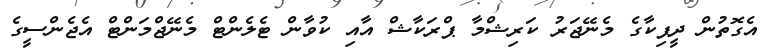
އެގޮތުން ދީޕިކާގެ މެނޭޖަރު ކަރިޝްމާ ޕްރަކާޝް އާއި ކުވާން ޓެލެންޓް މެނޭޖްމަންޓް އެޖެންސީގެ